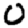
Digit: 0